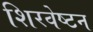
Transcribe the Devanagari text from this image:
शिरवेष्टन